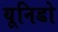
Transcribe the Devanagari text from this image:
यूनिडो